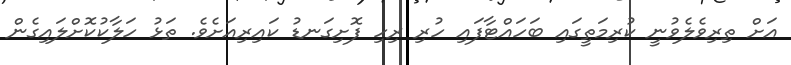
އަށް ތިރިވެލެވުނީ ކުރިމަތީގައި ބަހައްޓާފައި ހުރި ރިހި ފޮށިގަނޑު ކައިރިއަށެވެ. ތަޅު ހަލާކުކޮށްލައިގެން